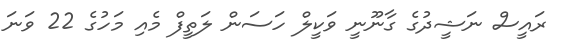
ރައީސް ނަޝީދުގެ ގާނޫނީ ވަކީލް ހަސަން ލަތީފް މެއި މަހުގެ 22 ވަނަ